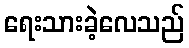
ရေးသားခဲ့လေသည်